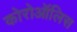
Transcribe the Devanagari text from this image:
कोरोऑलिस